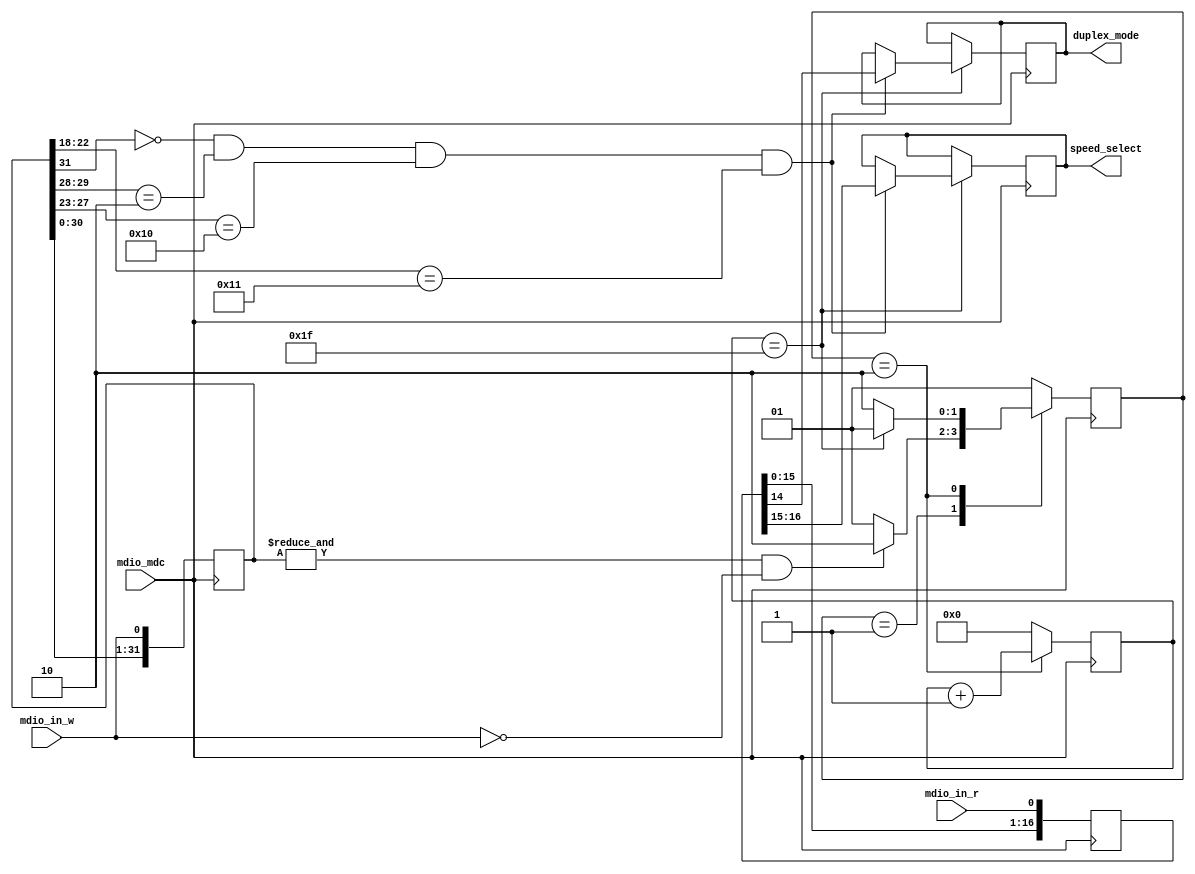
module mdc_mdio (

  mdio_mdc,
  mdio_in_w,
  mdio_in_r,

  speed_select,
  duplex_mode);

  parameter PHY_AD = 5'b10000;

  input           mdio_mdc;
  input           mdio_in_w;
  input           mdio_in_r;
  output  [ 1:0]  speed_select;
  output          duplex_mode;

  localparam IDLE     = 2'b01;
  localparam ACQUIRE  = 2'b10;

  wire        preamble;

  reg [ 1:0]  current_state = IDLE;
  reg [ 1:0]  next_state    = IDLE;
  reg [31:0]  data_in       = 32'h0;
  reg [31:0]  data_in_r     = 32'h0;
  reg [ 5:0]  data_counter  = 6'h0;
  reg [ 1:0]  speed_select  = 2'h0;
  reg         duplex_mode   = 1'h0;

  assign preamble = &data_in;

  always @(posedge mdio_mdc) begin
    current_state <= next_state;
    data_in <= {data_in[30:0], mdio_in_w};
    if (current_state == ACQUIRE) begin
      data_counter <= data_counter + 1;
    end else begin
      data_counter <= 0;
    end
    if (data_counter == 6'h1f) begin
      if (data_in[31] == 1'b0 && data_in[29:28]==2'b10 && data_in[27:23] == PHY_AD && data_in[22:18] == 5'h11) begin
        speed_select <= data_in_r[16:15] ;
        duplex_mode  <= data_in_r[14];
      end
    end
  end

  always @(negedge mdio_mdc) begin
    data_in_r <= {data_in_r[30:0], mdio_in_r};
  end

  always @(*) begin
    case (current_state)
      IDLE: begin
        if (preamble == 1 && mdio_in_w == 0) begin
          next_state <= ACQUIRE;
        end else begin
          next_state <= IDLE;
        end
      end
      ACQUIRE: begin
        if (data_counter == 6'h1f) begin
          next_state <= IDLE;
        end else begin
          next_state <= ACQUIRE;
        end
      end
      default: begin
        next_state <= IDLE;
      end
    endcase
  end

endmodule